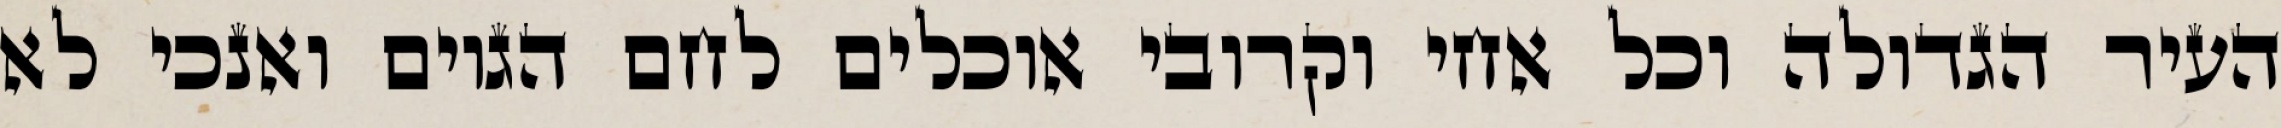
העיר הגדולה וכל אחי וקרובי אוכלים לחם הגוים ואנכי לא